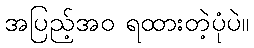
အပြည့်အဝ ရထားတဲ့ပုံပဲ။